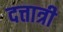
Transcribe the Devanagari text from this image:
दत्तात्री